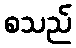
စသည်